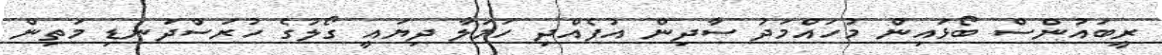
ރީބައުންސް ބޯޅައިން މުހައްމަދު ސާދިން އުފެއްދި ހަމަލާ ދިޔައީ ގޯލުގެ ހުރަސްދަނޑި މަތިން